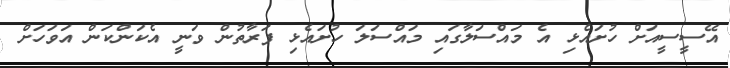
އޭސީސީއަށް ހުށައެޅި އެ މައްސަލާގައި މައްސަލަ ހުށައެޅި ފަރާތުން ވަނީ އެކަންކަން އަވަހަށް